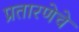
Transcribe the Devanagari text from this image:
प्रतारणेचे